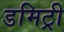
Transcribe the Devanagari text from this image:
डमिट्री